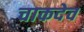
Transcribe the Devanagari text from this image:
चाकदेव